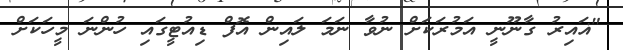
"ޣައިރު ގާނޫނީ އަމުރަކަށް ނުވާ ނަމަ ލައިން އޮފް ޑިއުޓީގައި ހުންނަ މީހަކަށް